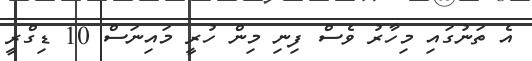
އެ ތަނުގައި މިހާރު ވެސް ފިނި މިން ހުރީ މައިނަސް 10 ޑިގްރީ